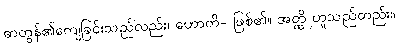
ဓာတွန်၏ကျေခြင်းသည်လည်း၊ ဟောတိ- ဖြစ်၏။ အတ္ထိ ဟူသည်တည်း။